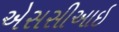
એસસીઆઇ